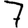
Digit: 7